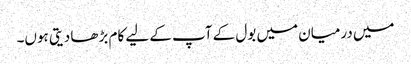
میں درمیان میں بول کے آپ کے لیے کام بڑھا دیتی ہوں۔